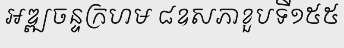
អឌ្ឍចន្ទក្រហម ៨ឧសភាខួបទី១៥៥